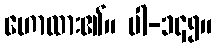
ဟောထား၏။ ပါ-၁၄၅။